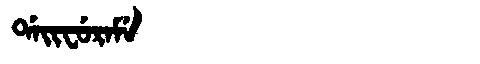
Manchu: ᡩᠠᡳᠸᡠᡵᠠᠮᡝ
Romanization: DAIFURAME